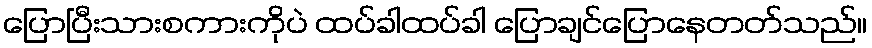
ပြောပြီးသားစကားကိုပဲ ထပ်ခါထပ်ခါ ပြောချင်ပြောနေတတ်သည်။